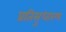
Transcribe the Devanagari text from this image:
प्रतिसुधारण